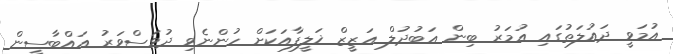
އުމަވީ ދައުލަތުގައި ޢުމަރު ބިން ޢަބުދުލް ޢަޒީޒް ޚަލީފާއަކަށް ހުންނެވި ދުވަސްވަރު ޢައްބާސީން